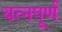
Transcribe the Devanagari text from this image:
यत्नपूर्ण